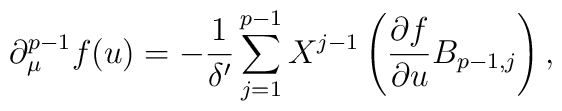
\partial_{\mu}^{p-1}f(u) =  -\frac{1}{\delta'} \sum_{j=1}^{p-1} X^{j-1}     \left( \frac{\partial f}{\partial u}B_{p-1,j} \right),